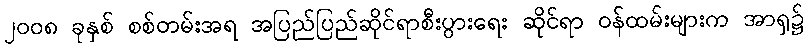
၂၀၀၈ ခုနှစ် စစ်တမ်းအရ အပြည်ပြည်ဆိုင်ရာစီးပွားရေး ဆိုင်ရာ ဝန်ထမ်းများက အာရှ၌